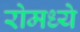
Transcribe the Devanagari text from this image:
रोमध्ये